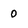
Character: 0